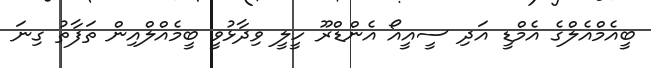
ބީއެމްއެލްގެ އެމްޑީ އަދި ސީއީއޯ އެންޑްރޫ ހީލީ ވިދާޅުވީ ބީމެއްލްއިން ތަފާތު ގިނަ